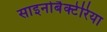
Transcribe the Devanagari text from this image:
साइनोबैक्टेरिया